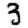
Digit: 3